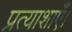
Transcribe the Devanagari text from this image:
प्रत्याशाएँ।